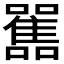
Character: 𩁁